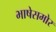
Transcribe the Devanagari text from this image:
भाषेसमोर